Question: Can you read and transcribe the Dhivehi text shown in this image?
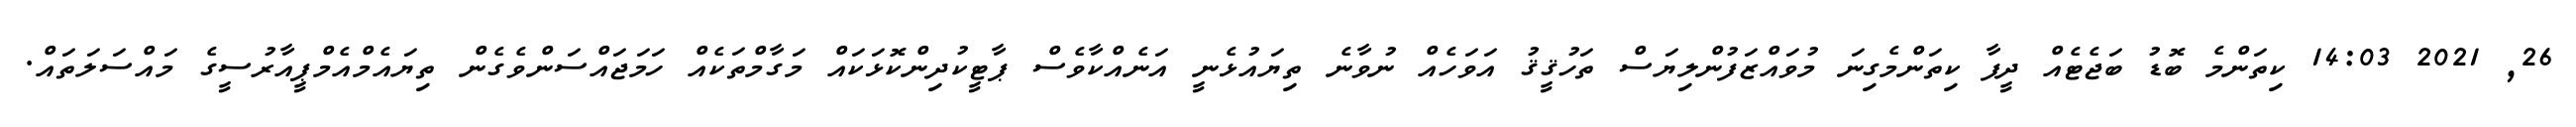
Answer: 26, 2021 14:03 ކިތަންމެ ބޮޑު ބަޖެޓެއް ދީފާ ކިތަންމެގިނަ މުވައްޒަފުންލިޔަސް ތަހުޤީޤު އަވަހެއް ނުވާނެ ތިޔައުޅެނީ އަނެއްކާވެސް ޕާޓީކުދިންކޮޅަކައް މަގާމްތަކެއް ހަމަޖައްސަންވެގެން ތިޔައެމްއެމްޕީއާރުސީގެ މައްސަލަތައް.